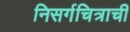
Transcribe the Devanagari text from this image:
निसर्गचित्राची